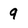
Character: 9